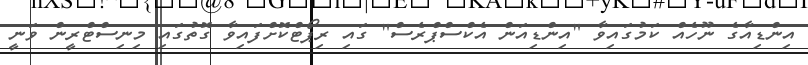
އިންޑިއާގެ ނޫހެއް ކަމުގައިވާ "އިންޑިއަން އެކްސްޕްރެސް" ގައި ރިޕޯޓްކޮށްފައިވާ ގޮތުގައި މިނިސްޓްރީން ވަނީ